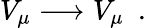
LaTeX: V_{\mu}\longrightarrow V_{\mu}~~.